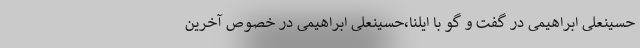
حسینعلی ابراهیمی در گفت و گو با ایلنا،حسینعلی ابراهیمی در خصوص آخرین